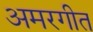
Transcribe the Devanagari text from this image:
अमरगीत